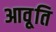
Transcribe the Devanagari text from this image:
आवृ्ति